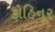
કોહિનૂર